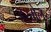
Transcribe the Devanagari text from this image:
हरमेल